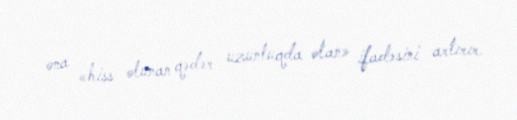
ona «hiss olunan qədər uzunluqda olan» ifadəsini artırır.